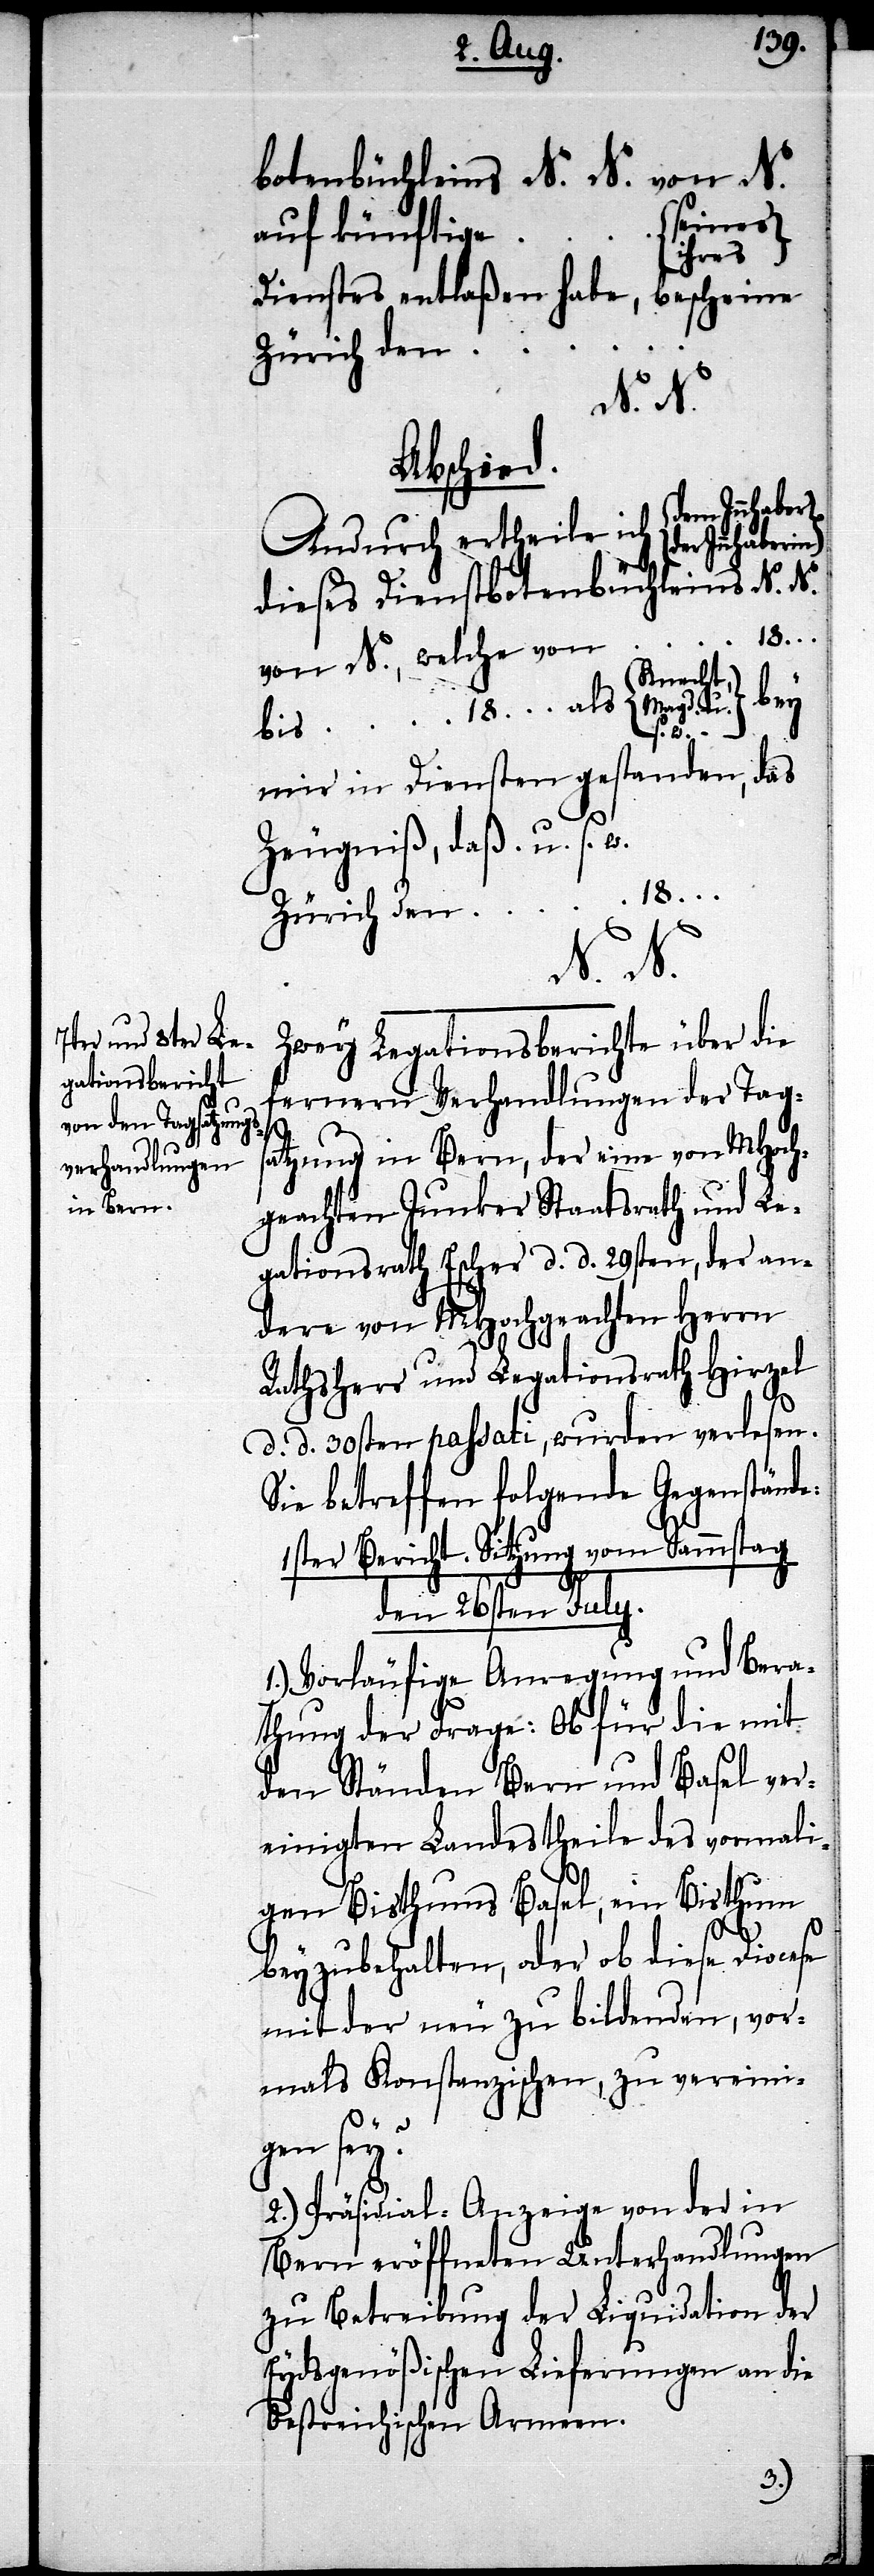
botenbüchleins N. N. von N.
seines/i¬
auf künftige
u.
hres
Dienstes entlaßen habe, bescheine
Zürich den …
N. N.
Abschied.
Andurch ertheile ich dem Innha¬
dieses Dienstbotenbüchleins N. N.
18…
von N., welche von
Knecht,
bey
s. w.
mir in Diensten gestanden, das
Zeugniß, daß u. s. w.
Zürich, den … 18…
N. N.
Zwey Legationsberichte über die
fernern Verhandlungen der Tags¬
atzung in Bern, der eine von MHoch¬
geachten Junker Staatsrath und Le¬
gationsrath Escher d. d. 29sten, der an¬
dere von MHochgeachten Herrn
Rathsherr und Legationsrath Hirzel
d. d. 30sten passati, wurden verlesen.
Sie betreffen folgende Gegenstände:
1ster Bericht. Sitzung vom Sammstag
den 26sten July.
1.) Vorläufige Anregung und Bera¬
thung der Frage: Ob für die mit
den Ständen Bern und Basel ver¬
einigten Landestheile des vormali¬
gen Bisthums Basel, ein Bisthum
beyzubehalten, oder ob diese Diocese
mit der neu zu bildenden, vor¬
mals Konstanzischen, zu vereini¬
gen sey?
2.) Präsidial-Anzeige von der in
Bern eröffneten Unterhandlungen
zu Betreibung der Liquidation der
Eydsgenößischen Lieferungen an die
Oestreichischen Armeen.